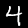
Digit: 4